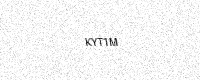
Text: KYT1M